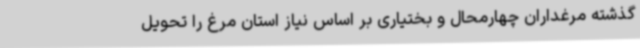
گذشته مرغداران چهارمحال و بختیاری بر اساس نیاز استان مرغ را تحویل